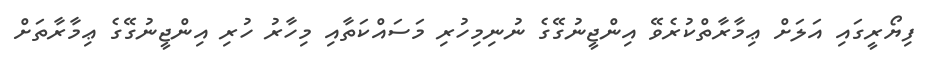
ފިޔޯރީގައި އަލަށް ޢިމާރާތްކުރެވޭ އިންޖީނުގޭގެ ނުނިމިހުރި މަސައްކަތާއި މިހާރު ހުރި އިންޖީނުގޭގެ ޢިމާރާތަށް